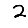
Digit: 2